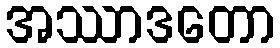
အဿာဒတော